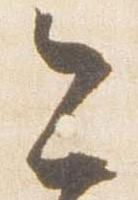
今